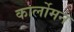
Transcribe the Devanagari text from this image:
कार्लोमन